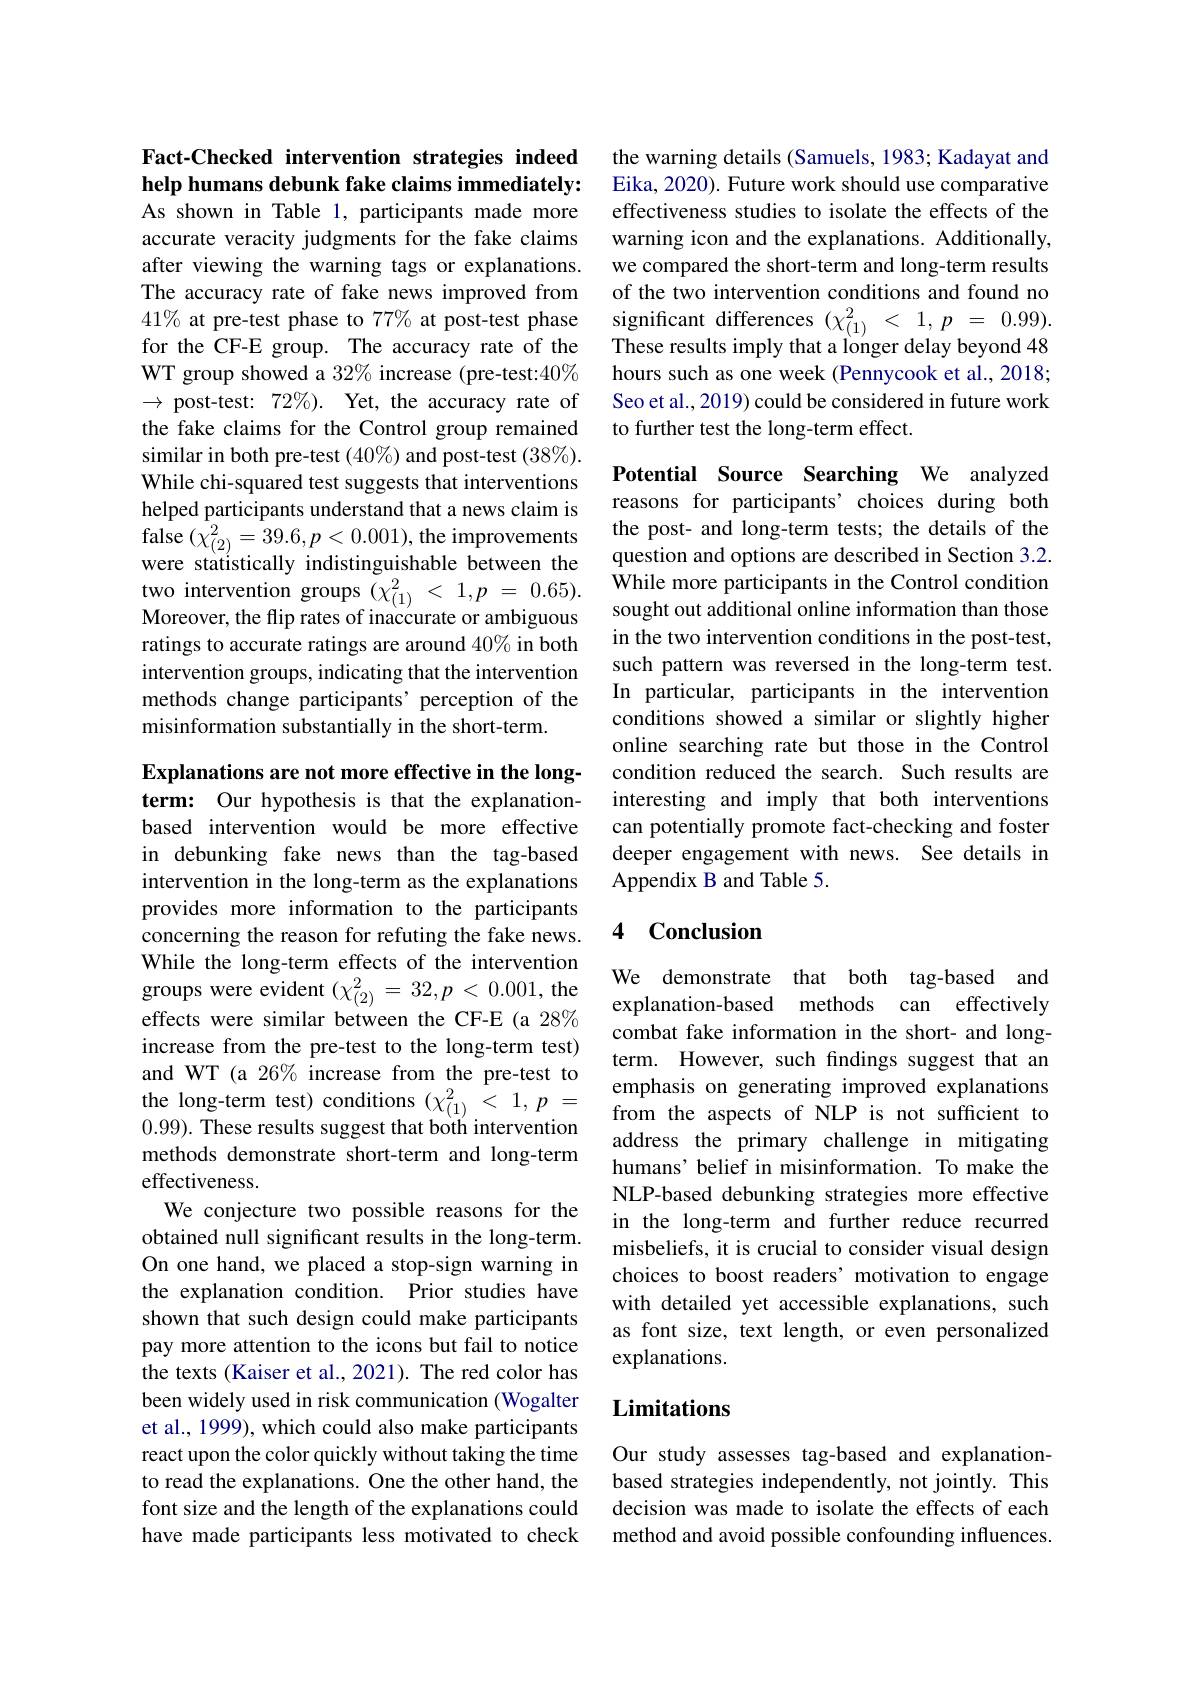
## Fact-Checked intervention strategies indeed help humans debunk fake claims immediately:

As shown in Table 1, participants made more accurate veracity judgments for the fake claims after viewing the warning tags or explanations. The accuracy rate of fake news improved from 41% at pre-test phase to 77% at post-test phase for the CF-E group. The accuracy rate of the WT group showed a $32\%$ increase (pre-test:40% $\to$ post-test: $72\% ) .$ Yet, the accuracy rate of the fake claims for the Control group remained similar in both pre-test (40%) and post-test (38%). While chi-squared test suggests that interventions helped participants understand that a news claim is false $(\chi_{(2)}^{2}=39.6,p<0.001)$,the improvements were statistically indistinguishable between the two intervention groups $( \chi _{( 1) }^{2}$ < $1, p$ = 0.65). Moreover, the flip rates of inaccurate or ambiguous ratings to accurate ratings are around 40% in both intervention groups, indicating that the intervention methods change participants' perception of the misinformation substantially in the short-term.

Explanations are not more effective in the longterm: Our hypothesis is that the explanationbased intervention would be more effective in debunking fake news than the tag-based intervention in the long-term as the explanations provides more information to the participants concerning the reason for refuting the fake news. While the long-term effects of the intervention groups were evident $(\chi_{(2)}^2=32,p<0.001$, the effects were similar between the CF-E (a 28% increase from the pre-test to the long-term test) and WT (a 26% increase from the pre-test to the long-term test) conditions $(\chi_{(1)}^2<1,p=$ 0.99). These results suggest that both intervention methods demonstrate short-term and long-term effectiveness.
We conjecture two possible reasons for the obtained null significant results in the long-term. On one hand, we placed a stop-sign warning in the explanation condition. Prior studies have shown that such design could make participants pay more attention to the icons but fail to notice the texts (Kaiser et al., 2021). The red color has been widely used in risk communication (Wogalter et al., 1999), which could also make participants react upon the color quickly without taking the time to read the explanations. One the other hand, the font size and the length of the explanations could have made participants less motivated to check

the warning details (Samuels, 1983; Kadayat and Eika, 2020). Future work should use comparative effectiveness studies to isolate the effects of the warning icon and the explanations. Additionally, we compared the short-term and long-term results of the two intervention conditions and found no significant differences $(\chi_{(1)}^2<1,p=0.99).$ These results imply that a longer delay beyond 48 hours such as one week (Pennycook et al., 2018; Seo et al., 2019) could be considered in future work to further test the long-term effect.

Potential Source Searching We analyzed reasons for participants’choices during both the post- and long-term tests; the details of the question and options are described in Section 3.2. While more participants in the Control condition sought out additional online information than those in the two intervention conditions in the post-test, such pattern was reversed in the long-term test. In particular, participants in the intervention conditions showed a similar or slightly higher online searching rate but those in the Control condition reduced the search. Such results are interesting and imply that both interventions can potentially promote fact-checking and foster deeper engagement with news. See details in Appendix B and Table 5.

## 4 Conclusion

We demonstrate that both tag-based and explanation-based methods can effectively combat fake information in the short- and longterm. However, such fndings suggest that an emphasis on generating improved explanations from the aspects of NLP is not sufficient to address the primary challenge in mitigating humans’belief in misinformation. To make the NLP-based debunking strategies more effective in the long-term and further reduce recurred misbeliefs, it is crucial to consider visual design choices to boost readers' motivation to engage with detailed yet accessible explanations, such as font size, text length, or even personalized explanations.

## Limitations

Our study assesses tag-based and explanationbased strategies independently, not jointly. This decision was made to isolate the effects of each method and avoid possible confounding influences.